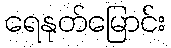
ရေနုတ်မြောင်း